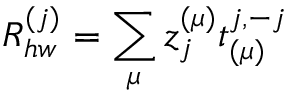
R _ { h w } ^ { ( j ) } = \sum _ { \mu } z _ { j } ^ { ( \mu ) } t _ { ( \mu ) } ^ { j , - j }